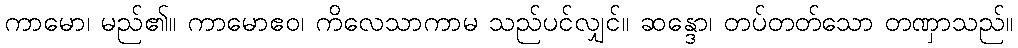
ကာမော၊ မည်၏။ ကာမောဧဝ၊ ကိလေသာကာမ သည်ပင်လျှင်။ ဆန္ဒော၊ တပ်တတ်သော တဏှာသည်။